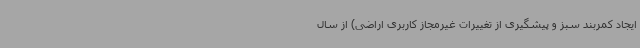
ایجاد کمربند سبز و پیشگیری از تغییرات غیرمجاز کاربری اراضی) از سال